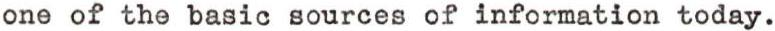
one of the basic sources of information today.